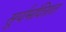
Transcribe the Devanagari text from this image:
सूर्यमंदिरात